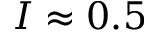
I \approx 0 . 5